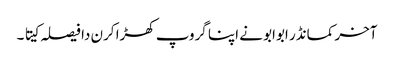
آخر کمانڈر ابوابو نے اپنا گروپ کھڑا کرن دا فیصلہ کیتا ۔